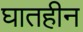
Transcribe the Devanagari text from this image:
घातहीन